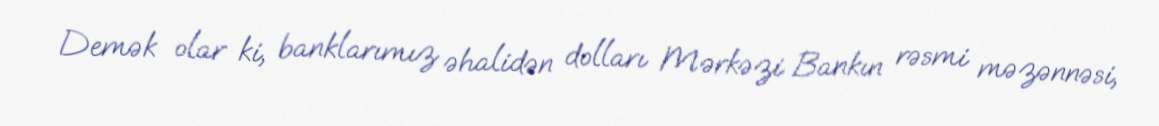
Demək olar ki, banklarımız əhalidən dolları Mərkəzi Bankın rəsmi məzənnəsi,